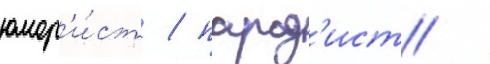
юмор'и́ст / парод'ист /